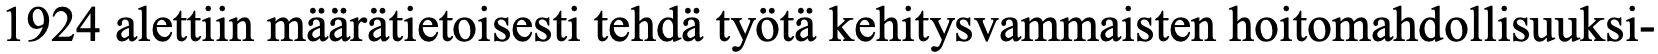
1924 alettiin määrätietoisesti tehdä työtä kehitysvammaisten hoitomahdollisuuksi-